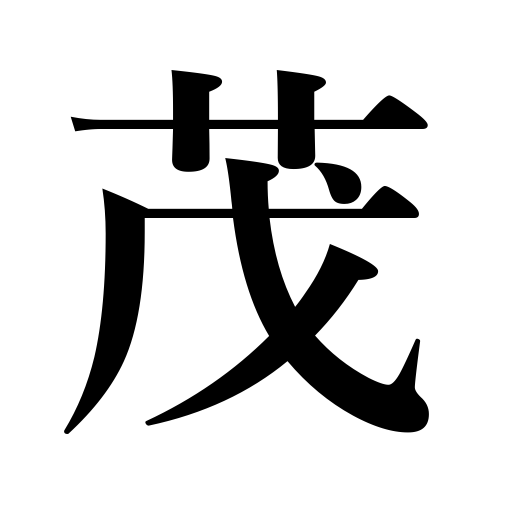
Meanings: be luxuriant,grow thick,be overgrown